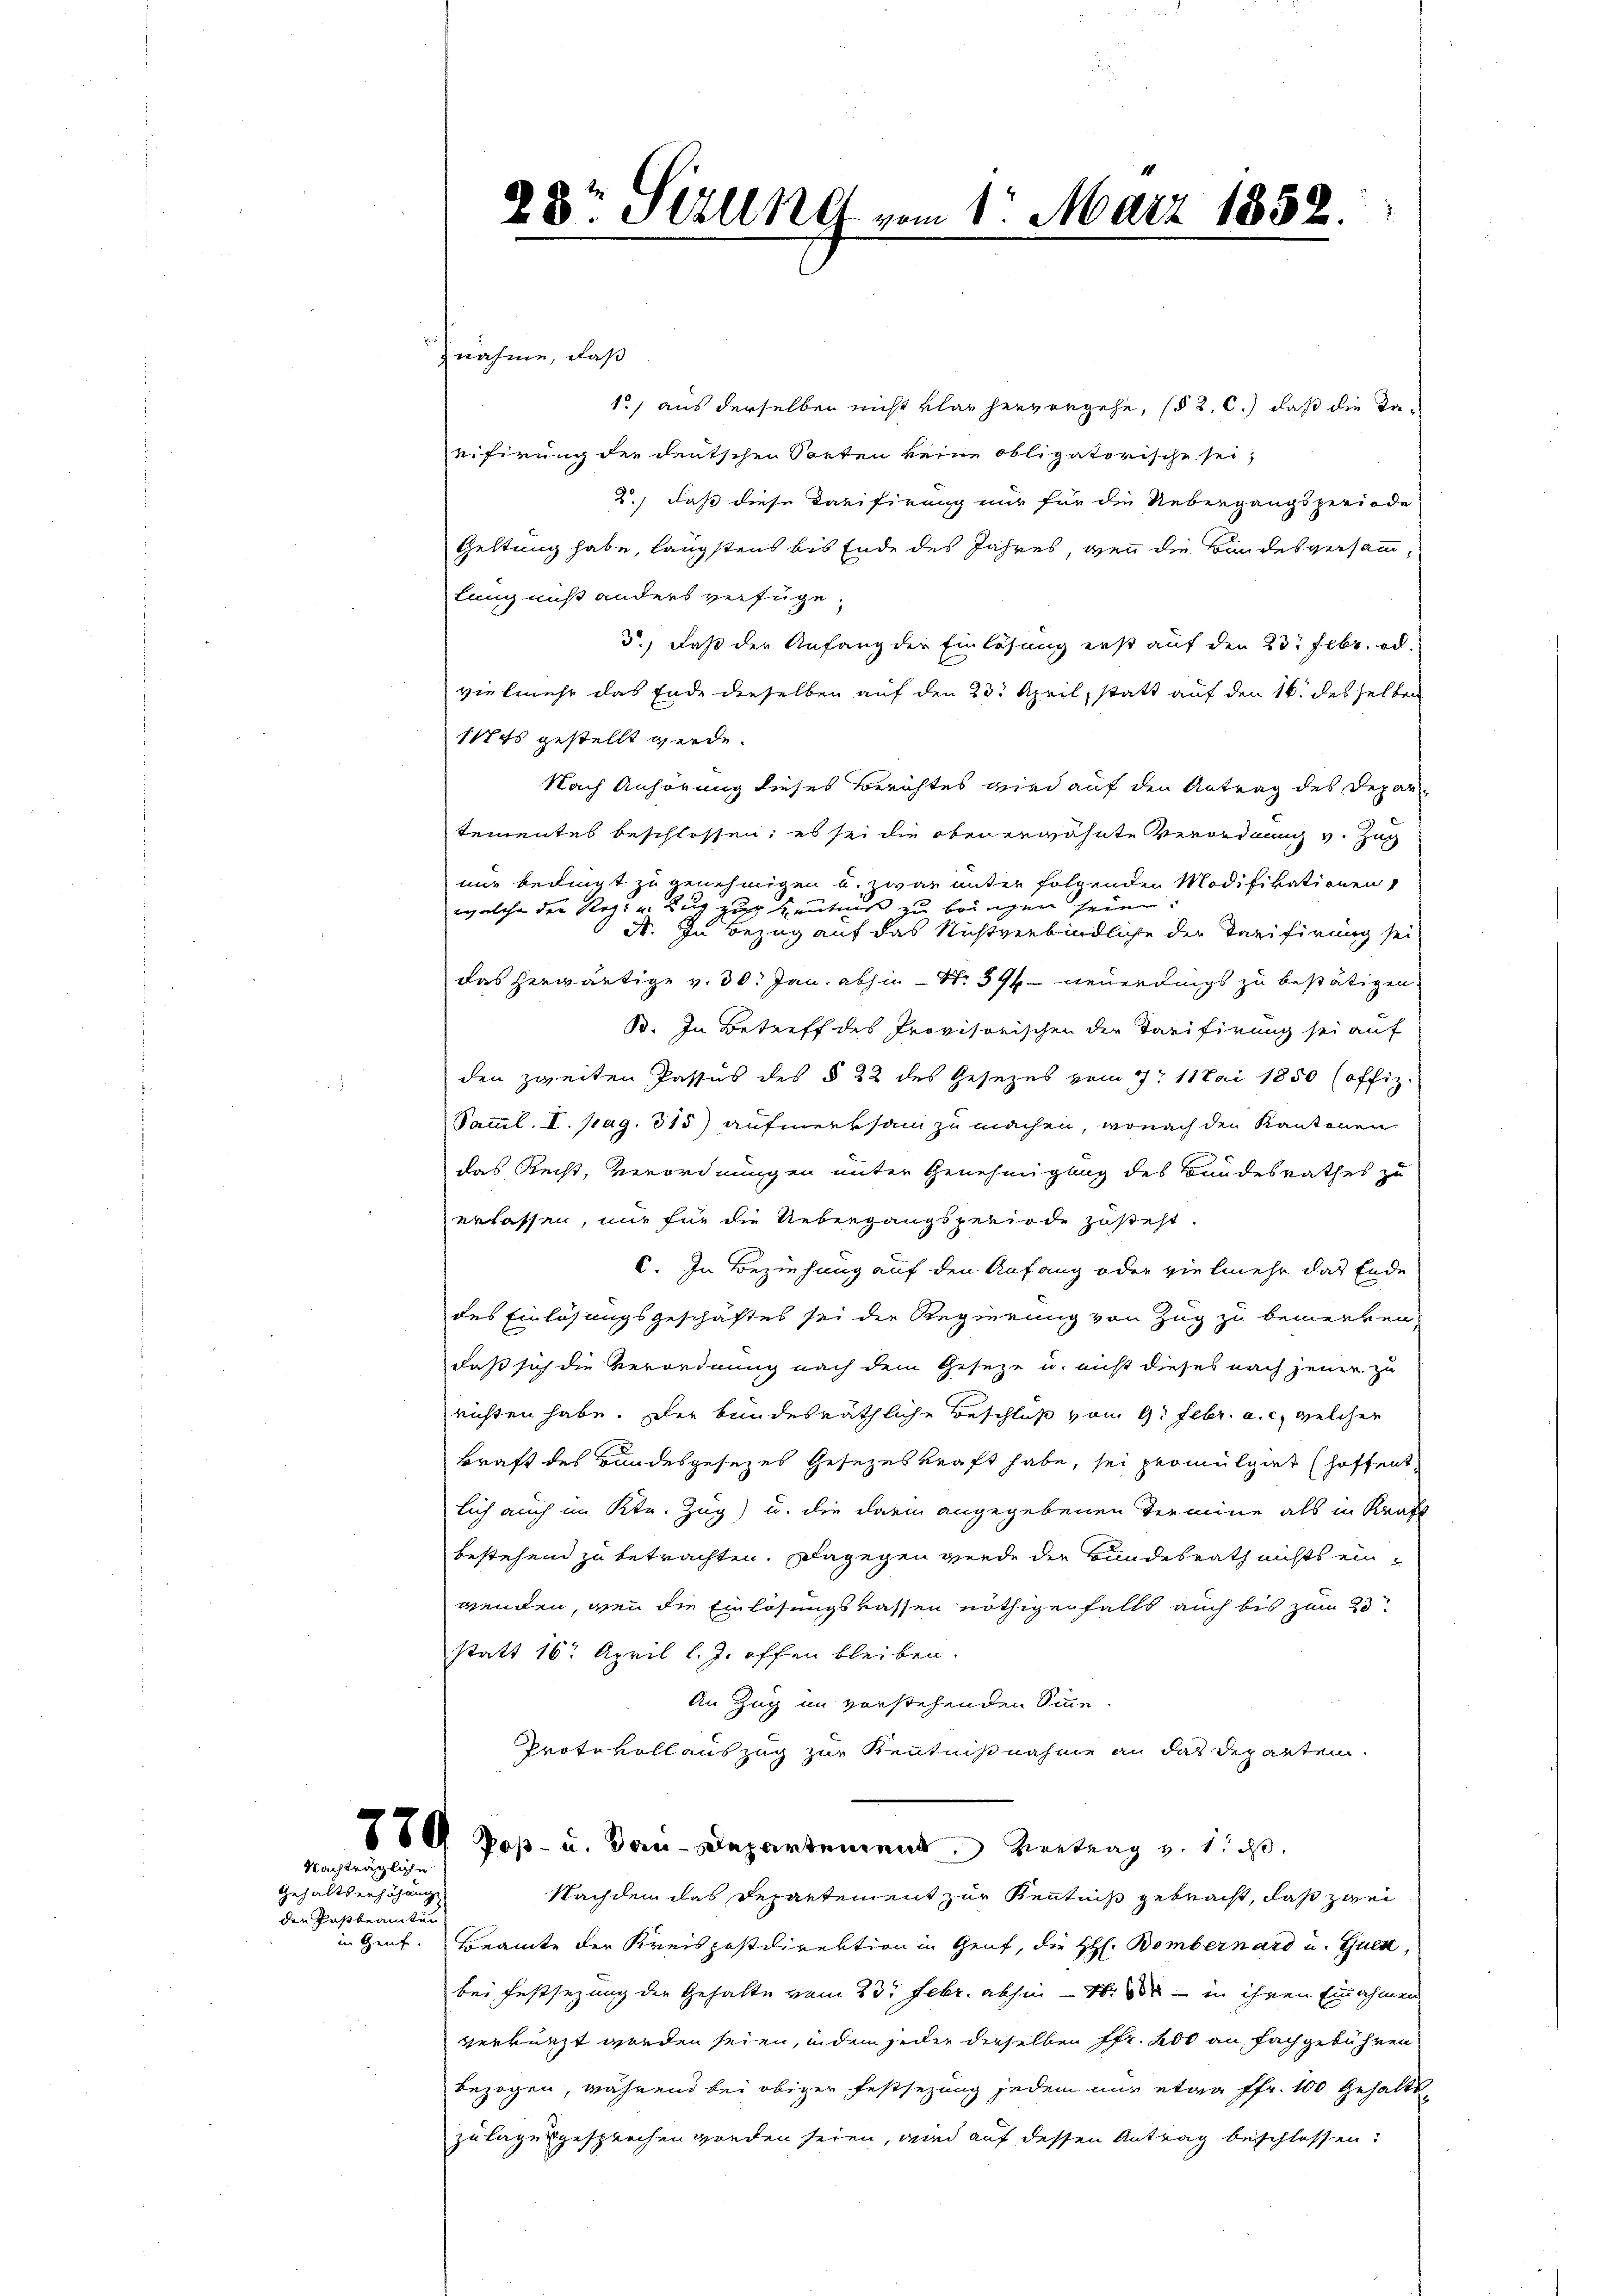
Gehaltserhöhung
den Paßbeamten
in Genf.

Nachträgliche

znahme, daß
1) aus derselben nicht klar hervorgehe, (§ 2. C.) daß die Tarifirung der deutschen Sorten keine obligatorische sei,
2.) daß diese Tarifirung nur für die Uebergangsperiode
Geltung habe, längstens bis Ende des Jahres, wenn die Bundesversammlung nuß anders verfüge,
3.) Daß der Anfang der Einlösung erst auf den 23. Febr. od.
vielmehr das Ende dieselben auf den 23. April, statt auf den 16. desselben
117 Es gestellt werde.
Nach Anhörung dieses Berichtes wird auf den Antrag des Departementes beschlossen; es sei die obenerwähnte Verordnung v. Zug
nur bedingt zu genehmigen u. zwar unter folgenden Modifikationen
welche der Rozi u. Zug zur Kenntniß & bringen sein
A. In Bezug auf das Nichtverbindliche der Tarifirung sei
das herwärtige v. 30. Jan. abhin - No 394 neuerdings zu bestätigen.
B. In Betreff des Provisorischen der Tarifirung sei auf
den zweiten Passus des § 22 des Gesezes vom 7. Mai 1850 (offiz
Samml. I. pag. 315) aufmerksam zu machen, wonach den Kantonen
das Recht, Verordnungen unter Genehmigung des Bundesrathes zu
erlassen, nur für die Uebergangsperiode zusteht.
C. In Beziehung auf den Anfang oder vielmehr das Ende
des Einlösungsgeschäftes sei die Regierung von Zug zu bemerken,
daß sich die Verordnung nach dem Geseze u. aus dieses nach jener zu
richten habe. Der bundesräthliche Beschluß vom 9. Febr. a. c. welcher
kraft des Bandesgesezes Gesetzeskraft habe, sei promulgiert (hoffent
lich auch im Kt. Zug) u. die darin angegebenen Termine als in Kraft
bestehend zu betrachten. Dagegen werde der Bundesrath nichts einwenden, wenn die Einlösungskassen nöthigenfalls auch bis zum 23t
statt 16. April l. J. offen bleiben.
An Zug im vorstehenden Sinne
Protevoll auszug zur Kenntnißnahme an das Departem
8 Poß- u. Bau-Departement Vertrag v. 151.
Nachdem das Departement zur Kenntniß gebracht, daß zwei
Beamte der Kreispostdirektion in Genf, die HH. Bombernard u. Guen,
bei Festsezung der Gehalte vom 23. Febr. abhin – 16. d. in ihren Einnahmen
verkürzt worden seien, indem jeder derselben Pfr. 200 an Fachgebühren
bezogen, während bei obiger Festsezung jedem nur etwa ffr. 100 Gehaltszulagesgesprechen worden seien, wird auf dessen Antrag beschlossen:

28r Sitzung vom 1. März 1852.